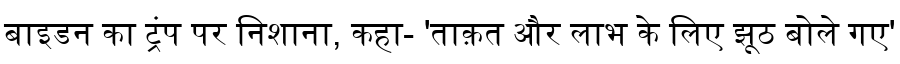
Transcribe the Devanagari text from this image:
बाइडन का ट्रंप पर निशाना, कहा- 'ताक़त और लाभ के लिए झूठ बोले गए'